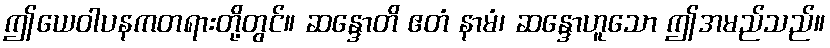
ဤယေဝါပနကတရားတို့တွင်။ ဆန္ဒောတိ ဧတံ နာမံ၊ ဆန္ဒောဟူသော ဤအမည်သည်။